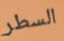
السطر